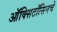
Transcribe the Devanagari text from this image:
ऑक्सिटॉसिनचे